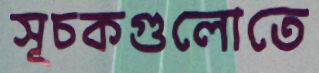
সূচকগুলোতে